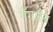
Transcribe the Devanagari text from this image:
मैंगलैन